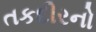
તકદીરનો